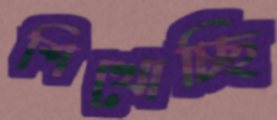
শিখোচ্ছি